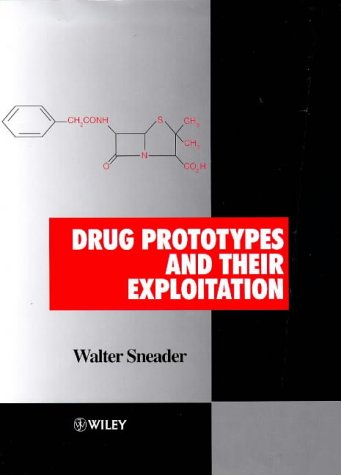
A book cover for Drug Prototypes and Their Exploitation; Walter Sneader; Medical Books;